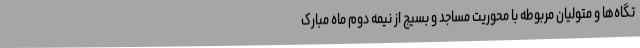
تگاه‌ها و متولیان مربوطه با محوریت مساجد و بسیج از نیمه دوم ماه مبارک